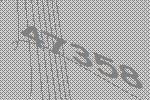
47358